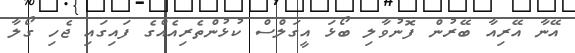
އޭނާ އޭރިއާ ބޭރުން ފޮނުވާލި ބޯޅަ އީގަލްސް ކުޅުންތެރިއެއްގެ ފައިގައި ޖެހި ގޯލާ